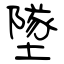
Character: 墜